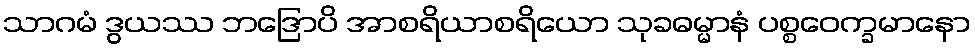
သာဂမံ ဒွယဿ ဘဒြောပိ အာစရိယာစရိယော သုခဓမ္မာနံ ပစ္စဝေက္ခမာနော